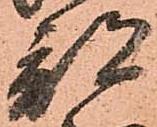
部